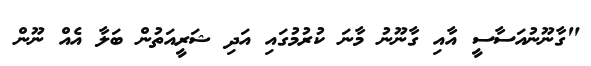
"ގާނޫނުއަސާސީ އާއި ގާނޫނު މާނަ ކުރުމުގައި އަދި ޝަރީއަތުން ބަލާ އެއް ނޫން